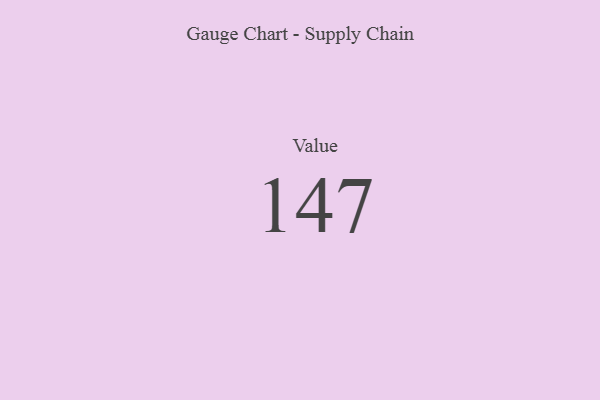
{"axis": {"x": "Metric", "y": "Value"}, "legend": [""], "data": [{"x": "Value", "y": 147, "type": ""}]}